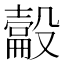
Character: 𰚉